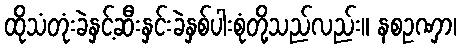
ထိုသံတုံးခဲနှင့်ဆီးနှင်းခဲနှစ်ပါးစုံတို့သည်လည်း။ နစဥဏှာ၊